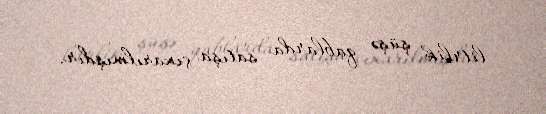
litrlik şüşə qablarda satışa çıxarılmışdır.